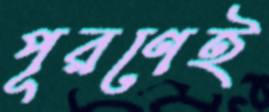
পূরণেই